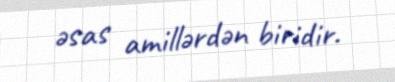
əsas amillərdən biridir.